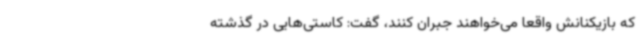
که بازیکنانش واقعا می‌خواهند جبران کنند، گفت: کاستی‌هایی در گذشته